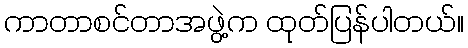
ကာတာစင်တာအဖွဲ့က ထုတ်ပြန်ပါတယ်။